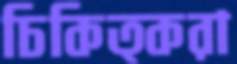
চিকিত্করা